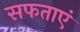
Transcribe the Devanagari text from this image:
सफताएं